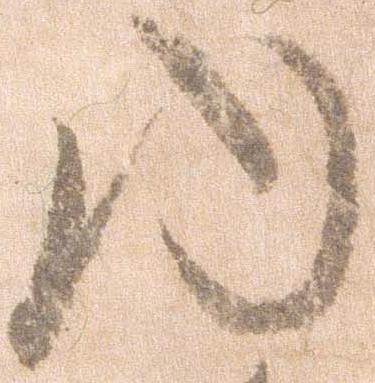
ゆ